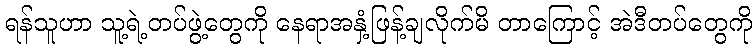
ရန်သူဟာ သူ့ရဲ့တပ်ဖွဲ့တွေကို နေရာအနှံ့ဖြန့်ချလိုက်မိ တာကြောင့် အဲဒီတပ်တွေကို